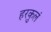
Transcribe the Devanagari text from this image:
हरकुलं